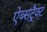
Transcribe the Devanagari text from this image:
ऐब्सट्रैक्ट